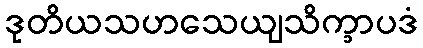
ဒုတိယသဟသေယျသိက္ခာပဒံ